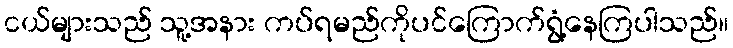
ငယ်များသည် သူ့အနား ကပ်ရမည်ကိုပင်ကြောက်ရွံ့နေကြပါသည်။